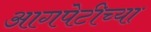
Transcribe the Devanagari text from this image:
आगपेटीच्या